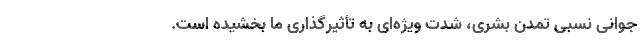
جوانیِ نسبی تمدن بشری، شدتِ ویژه‌ای به تأثیر‌گذاری ما بخشیده ‌است.